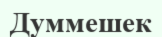
Думмешек